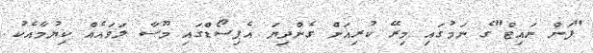
"ފަން ނައިޓް"ގެ ނަމުގައި މިރޭ ކުރިއަށް ގެންދިޔަ އެޕިސޯޑްގައި މޫސާ ލަވައެއް ކިޔުމާއެކު